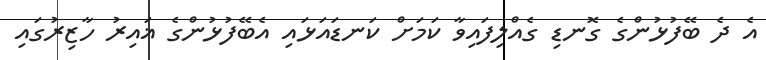
އެ ދެ ބޭފުޅުންގެ ގޮނޑި ގެއްލިފައިވާ ކަމަށް ކަނޑައަޅައި އެބޭފުޅުންގެ ޣައިރު ހާޒިރުގައި